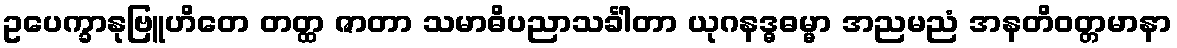
ဥပေက္ခာနုဗြူဟိတေ တတ္ထ ဇာတာ သမာဓိပညာသင်္ခါတာ ယုဂနဒ္ဓဓမ္မာ အညမညံ အနတိဝတ္တမာနာ